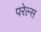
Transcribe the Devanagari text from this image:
परेल्स